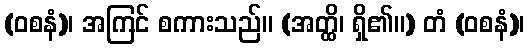
(ဝစနံ)၊ အကြင် စကားသည်။ (အတ္ထိ၊ ရှိ၏။) တံ (ဝစနံ)၊